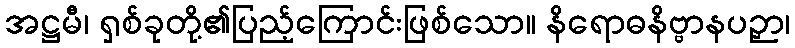
အဋ္ဌမီ၊ ရှစ်ခုတို့၏ပြည့်ကြောင်းဖြစ်သော။ နိရောဓနိဗ္ဗာနပဉှာ၊